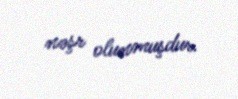
nəşr olunmuşdur.